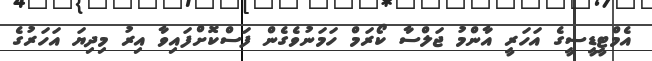
އެމްޓީޑީސީގެ އަހަރީ އާންމު ޖަލްސާ ކޯރަމް ހަމަނުވެގެން ފަސްކޮށްފައިވާ އިރު މިދިޔަ އަހަރުގެ